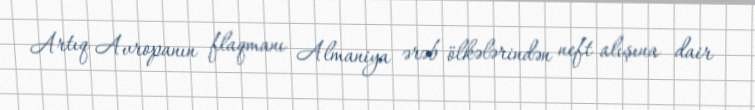
Artıq Avropanın flaqmanı Almaniya ərəb ölkələrindən neft alışına dair